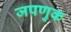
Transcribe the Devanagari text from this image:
जपणुक